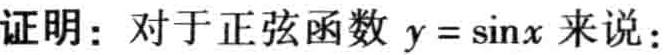
证明：对于正弦函数 \(y = \sin x\) 来说：